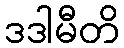
ဒဒါမီတိ